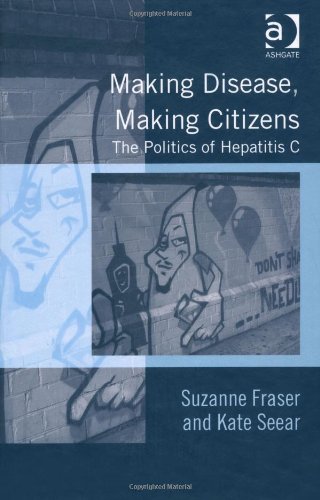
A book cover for Making Disease, Making Citizens; Suzanne Fraser; Health, Fitness & Dieting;